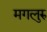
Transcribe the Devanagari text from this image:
मगलुरु